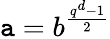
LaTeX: \mathtt{a}=b^{\frac{{q^{d}-1}}{{2}}}